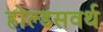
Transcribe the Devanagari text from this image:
होल्डसवर्थ